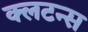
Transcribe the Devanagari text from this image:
क्लटन्स